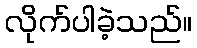
လိုက်ပါခဲ့သည်။